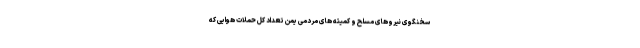
سخنگوی نیروهای مسلح و کمیته های مردمی یمن تعداد کل حملات هوایی که